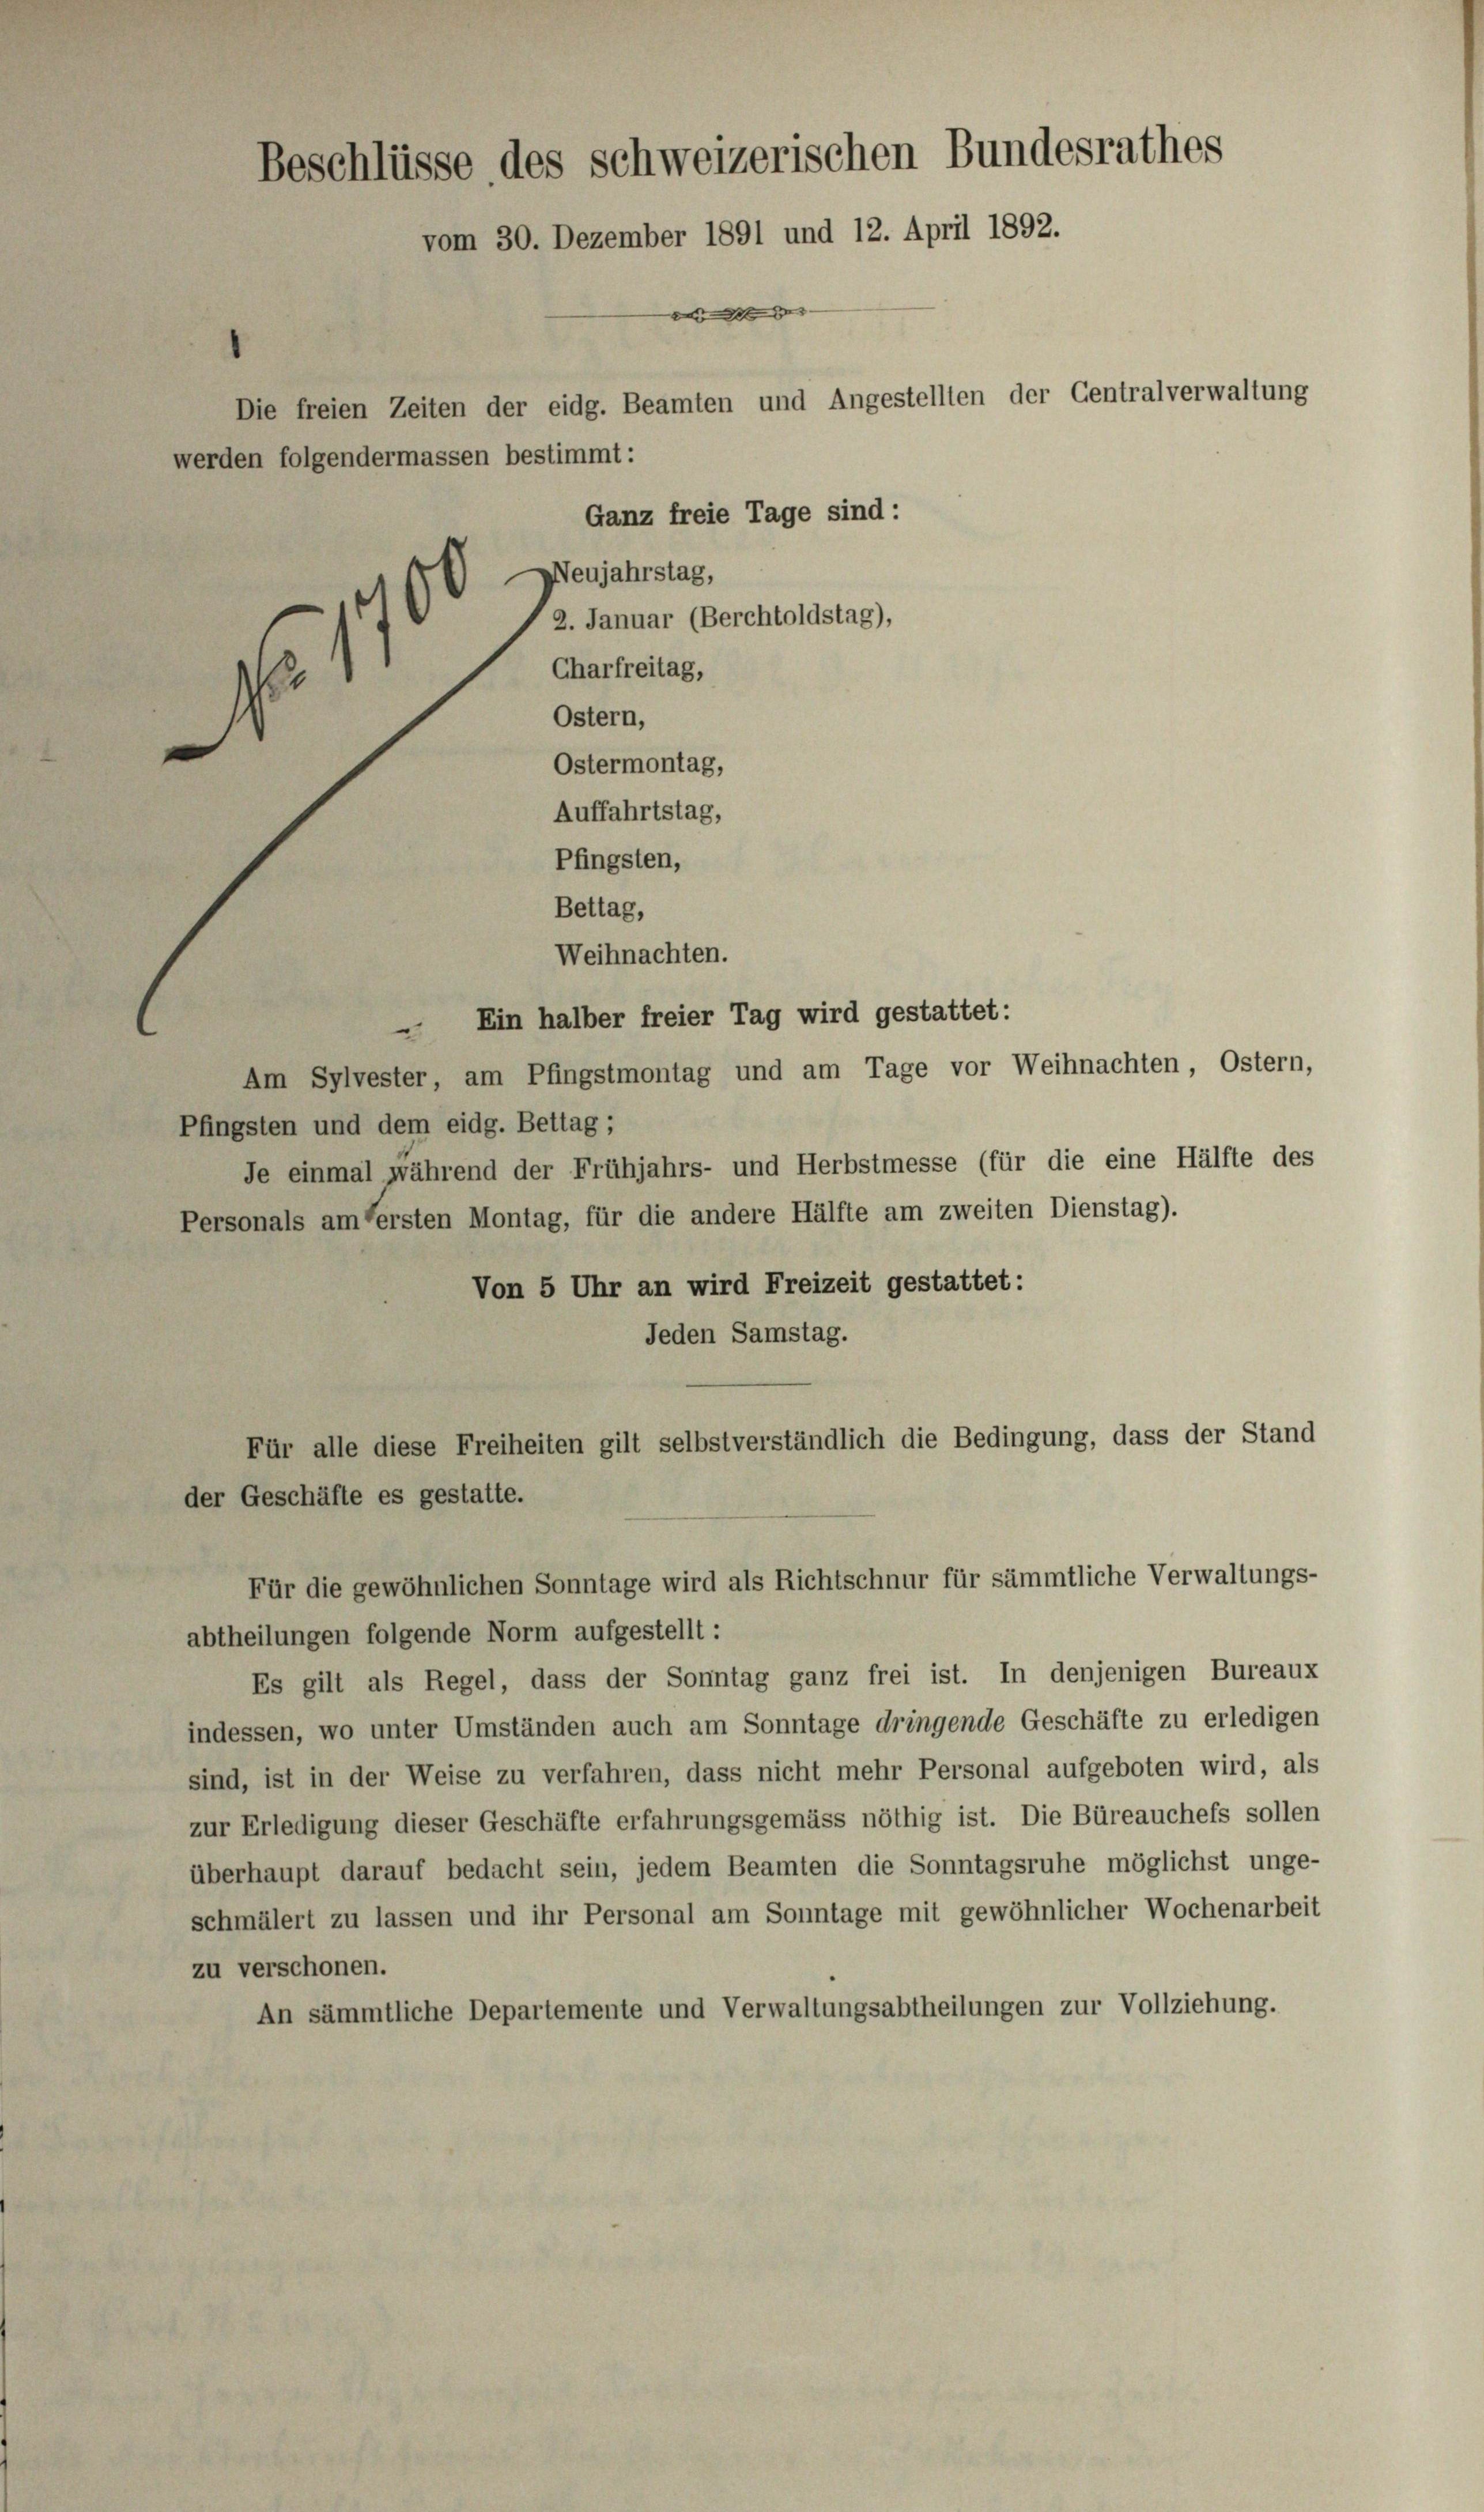
Die freien Zeiten der eidg. Beamten und Angestellten der Centralverwaltung
werden folgendermassen bestimmt:
Ganz freie Tage sind:
) Neujahrstag,
 2. Januar (Berchtoldstag),
Charfreitag,
d
Ostern,
Ostermontag,
Auffahrtstag,
Pfingsten,
Bettag,
Weihnachten.
 Ein halber freier Tag wird gestattet:
Am Sylvester, am Pfingstmontag und am Tage vor Weihnachten, Ostern,
Pfingsten und dem eidg. Bettag;
Je einmal während der Frühjahrs- und Herbstmesse (für die eine Hälfte des
Personals am fersten Montag, für die andere Hälfte am zweiten Dienstag).
Von 5 Uhr an wird Freizeit gestattet:
Jeden Samstag.
Für alle diese Freiheiten gilt selbstverständlich die Bedingung, dass der Stand
der Geschäfte es gestatte.
Für die gewöhnlichen Sonntage wird als Richtschnur für sämmtliche Verwaltungs-
abtheilungen folgende Norm aufgestellt:
Es gilt als Regel, dass der Sonntag ganz frei ist. In denjenigen Bureaus
indessen, wo unter Umständen auch am Sonntage dringende Geschäfte zu erledigen
sind, ist in der Weise zu verfahren, dass nicht mehr Personal aufgeboten wird, als
zur Erledigung dieser Geschäfte erfahrungsgemäss nöthig ist. Die Büreauchefs sollen
überhaupt darauf bedacht sein, jedem Beamten die Sonntagsruhe möglichst unge-
schmälert zu lassen und ihr Personal am Sonntage mit gewöhnlicher Wochenarbeit
zu verschonen.
An sämmtliche Departemente und Verwaltungsabtheilungen zur Vollziehung.

Beschlüsse des schweizerischen Bundesrathes
vom 30. Dezember 1891 und 12. April 1892.